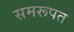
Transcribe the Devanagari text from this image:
समरूपत